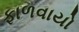
ફાળવાયો